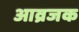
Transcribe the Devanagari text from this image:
आव्रजक